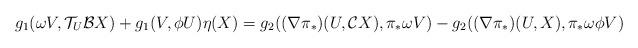
LaTeX: \begin{align*}g_{1}(\omega V,\mathcal{T}_{U}\mathcal{B}X)+g_{1}(V,\phi U)\eta (X)&=g_{2}((\nabla \pi _{\ast})(U,\mathcal{C}X),\pi _{\ast }\omega V)-g_{2}((\nabla \pi _{\ast })(U,X),\pi _{\ast }\omega\phi V) \end{align*}